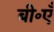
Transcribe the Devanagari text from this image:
बी॰एँ